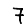
Digit: 7